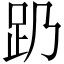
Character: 𬦠